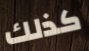
كذلك